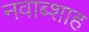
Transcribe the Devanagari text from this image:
नवाब्शाह